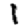
Digit: 1